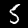
Label: 5